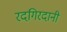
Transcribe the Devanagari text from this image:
रदगिरदानी